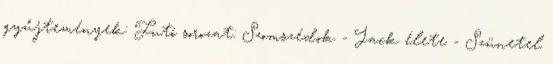
gyűjtemények: Futó sorozat: Szomszédok - Jack élete - Szünetel